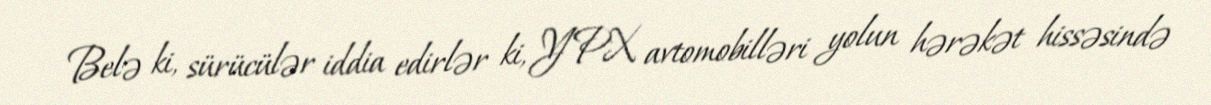
Belə ki, sürücülər iddia edirlər ki, YPX avtomobilləri yolun hərəkət hissəsində